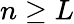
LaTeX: n\geq L